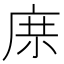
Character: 𱝅